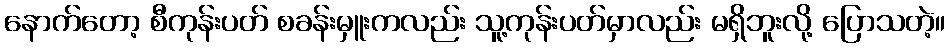
နောက်တော့ စီကုန်းပတ် စခန်းမှူးကလည်း သူ့ကုန်းပတ်မှာလည်း မရှိဘူးလို့ ပြောသတဲ့။